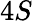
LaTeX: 4\textit{S}